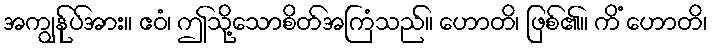
အကျွန်ုပ်အား။ ဧဝံ၊ ဤသို့သောစိတ်အကြံသည်။ ဟောတိ၊ ဖြစ်၏။ ကိံ ဟောတိ၊